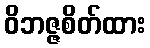
ဝိဘဇ္ဇစိတ်ထား